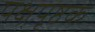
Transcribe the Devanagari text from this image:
पक्षपृष्ठक